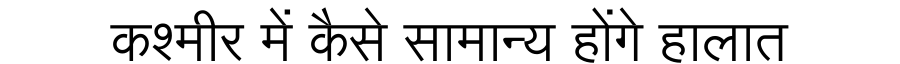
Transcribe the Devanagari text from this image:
कश्मीर में कैसे सामान्य होंगे हालात